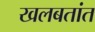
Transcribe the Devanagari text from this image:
खलबतांत